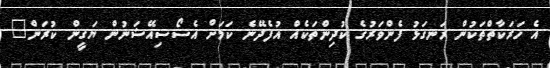
އެ ހަރަކާތްތަކުން ރަނގަޅު ފެންވަރުގެ ކުދިންތަކެއް އުފެދޭނެ ކަމަށް އެސޯސިއޭޝަނުން ޔަގީން ކުރަން"